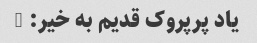
یاد پرپروک قدیم به خیر: (